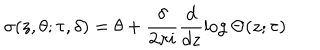
\sigma ( z , \theta ; \tau , \delta ) = \theta + \frac { \delta } { 2 \pi i } \frac { d } { d z } \log \Theta ( z ; \tau )